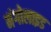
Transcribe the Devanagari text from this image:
मंगोलाइड